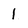
Character: 1